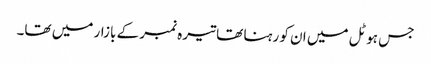
جس ہوٹل میں ان کو رہنا تھا تیرہ نمبر کے بازار میں تھا۔